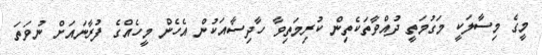
މީގެ މިސާލަކީ މަގުމަތީ ދުއްވާތަކެތިން ކުރިމަތިވާ ހާދިސާއަކުން އެހެން މީހެއްގެ ފުރާނައަށް ނުވަތަ